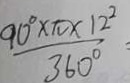
\frac { 9 0 ^ { \circ } \times \pi \times x \times 1 2 ^ { 2 } } { 3 6 0 ^ { \circ } }